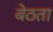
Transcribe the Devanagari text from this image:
बेठता